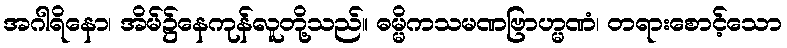
အဂါရိနော၊ အိမ်၌နေကုန်လူတို့သည်။ ဓမ္မိကသမဏဗြာဟ္မဏံ၊ တရားစောင့်သော